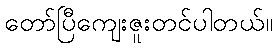
တော်ပြီကျေးဇူးတင်ပါတယ်။